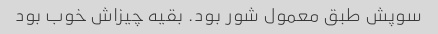
سوپش طبق معمول شور بود. بقیه چیزاش خوب بود